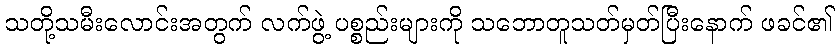
သတို့သမီးလောင်းအတွက် လက်ဖွဲ့ ပစ္စည်းများကို သဘောတူသတ်မှတ်ပြီးနောက် ဖခင်၏